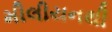
મીલીયનથી